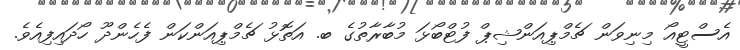
އެސްޓީއޯ މިނިވަން ޗެމްޕިއަންޝިޕް ފުޓްބޯޅަ މުބާރާތުގެ ބ. އަތޮޅު ޗެމްޕިއަންކަން ފެހެންދޫ ހޯދައިފިއެވެ.